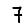
Digit: 7